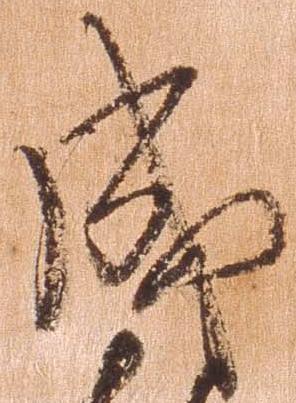
成